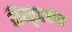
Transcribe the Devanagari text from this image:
विस्तृतक्षेत्र